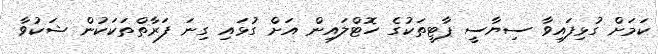
ކަމަށް ގުޅިފައިވާ ސިޔާސީ ޕާޓީތަކުގެ ހޮޓްލައިން އަށް ގުޅައި ގިނަ ފަރާތްތަކަކުން ޝަކުވާ